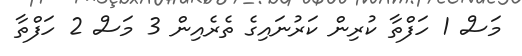
މަސް 1 ހަފްތާ ކުރިން ކަރުނައިގެ ތެރެއިން 3 މަސް 2 ހަފްތާ